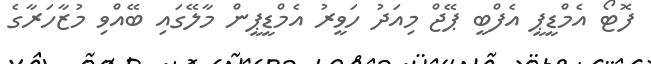
ފޮޓޯ އެމްޑީޕީ އެފްބީ ޕޭޖް މިއަދު ހަވީރު އެމްޑީޕީން މާލޭގައި ބޭއްވި މުޒާހަރާގެ